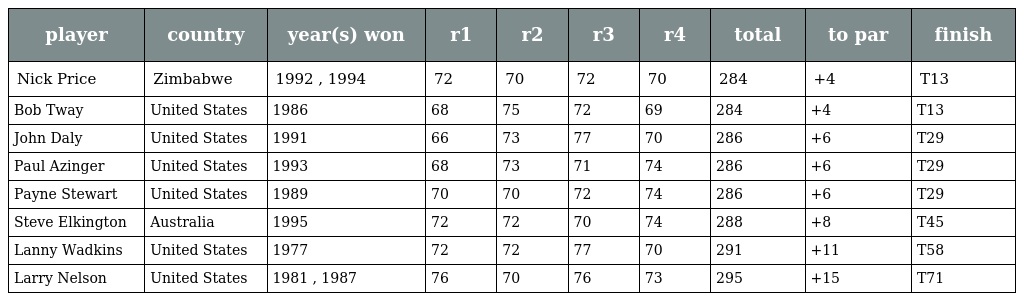
| player | country | year(s) won | r1 | r2 | r3 | r4 | total | to par | finish |
 | --- | --- | --- | --- | --- | --- | --- | --- | --- | --- |
 | Nick Price | Zimbabwe | 1992 , 1994 | 72 | 70 | 72 | 70 | 284 | +4 | T13 |
 | Bob Tway | United States | 1986 | 68 | 75 | 72 | 69 | 284 | +4 | T13 |
 | John Daly | United States | 1991 | 66 | 73 | 77 | 70 | 286 | +6 | T29 |
 | Paul Azinger | United States | 1993 | 68 | 73 | 71 | 74 | 286 | +6 | T29 |
 | Payne Stewart | United States | 1989 | 70 | 70 | 72 | 74 | 286 | +6 | T29 |
 | Steve Elkington | Australia | 1995 | 72 | 72 | 70 | 74 | 288 | +8 | T45 |
 | Lanny Wadkins | United States | 1977 | 72 | 72 | 77 | 70 | 291 | +11 | T58 |
 | Larry Nelson | United States | 1981 , 1987 | 76 | 70 | 76 | 73 | 295 | +15 | T71 |